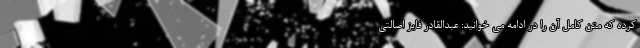
کرده که متن کامل آن را در ادامه می خوانید: عبدالقادر فایز اصالتی